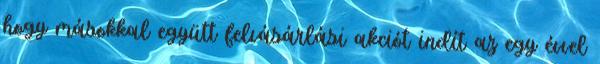
hogy másokkal együtt felvásárlási akciót indít az egy évvel